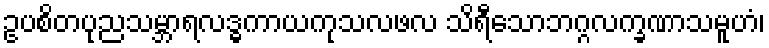
ဥပစိတပုညသမ္ဘာရလဒ္ဓကာယကုသလဖလ သိရီသောဘဂ္ဂလက္ခဏာသမူဟံ၊